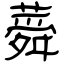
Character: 蕣